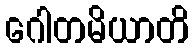
ဂေါတမိယာတိ